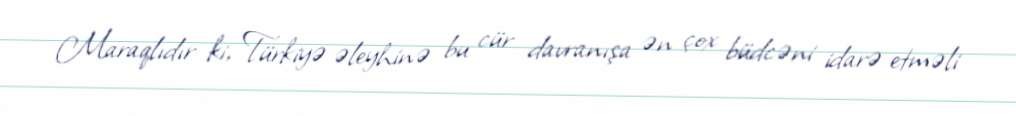
Maraqlıdır ki, Türkiyə əleyhinə bu cür davranışa ən çox büdcəni idarə etməli